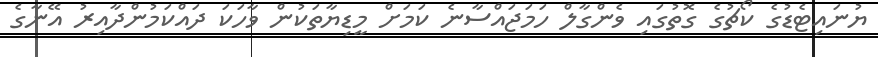
ޔުނައިޓެޑުގެ ކޯޗުގެ ގޮތުގައި ވެންގާލް ހަމަޖައްސާނެ ކަމަށް މީޑިޔާތަކުން ވާހަކަ ދައްކަމުންދާއިރު އޭނާގެ